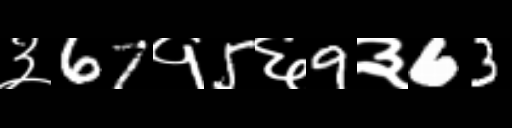
Text: ३67१5६9३63